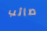
صائب